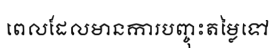
ពេលដែលមានការបញ្ចុះតម្លៃទៅ